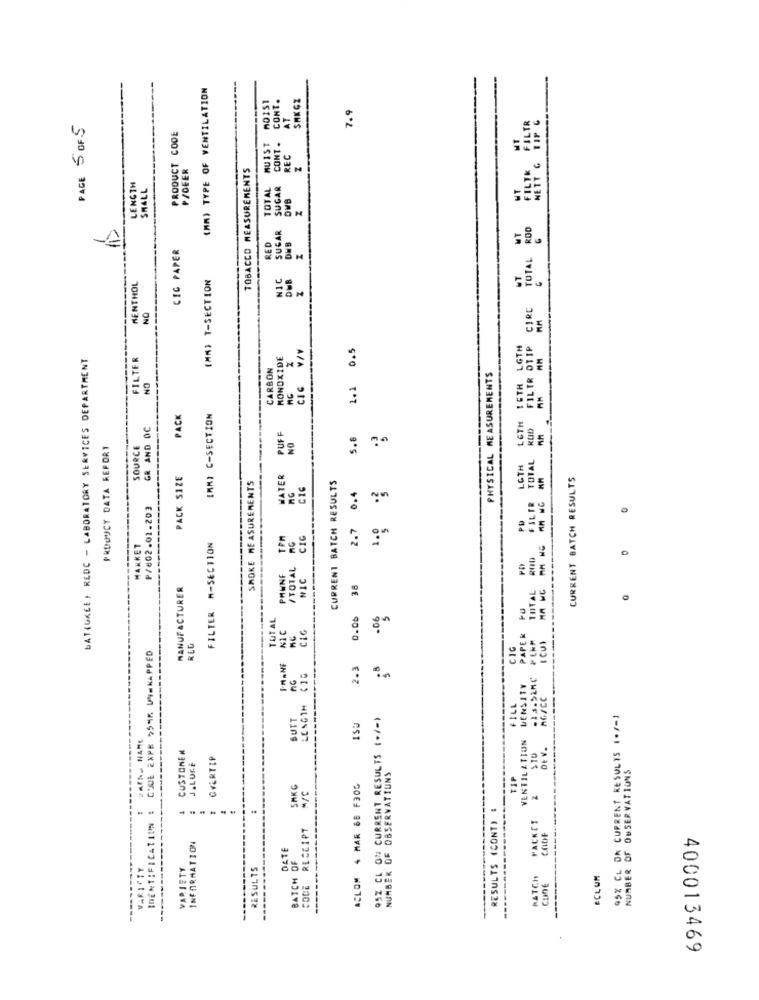
(MM) TYPE OF VENTILATION
CONT.
SHKGZ
7.9
AT
RED FILTR OTIP CIRC TOTAL BOO THIS SITE
PAGE 5 OF 5
PRODUCT CODE
MUIST
CONT .
REC
P/DEER
TOBACCO MEASUREMENTS
LENGTH
SMALL
TOTAL
SUGAR
DWB
SUGAR
CIG PAPER
RED
(MM) T-SECTION
NIC
MENTHOL
NO
0.5
BATEUKEE, REDC - LABORATORY SERVICES DEPARTMENT
FILTER
MONOXIDE
CARBON
PHYSICAL MEASUREMENTS
NO
1.1
PACK
IMMI C-SECTION
LETH
GR AND DC
PUFF
NO
5.8
PRODUCT DATA REPORT
SOURCE
FILTR TOTAL
LGTH
PACK SIZE
SMOKE MEASUREMENTS
WATER
CURRENT BATCH RESULTS
CURRENT BATCH RESULTS
0.4
1.0 .3
MA WE AM WG AM WG
P/802.01.203
PD
2.7
TPM
CIG
MARKET
FILTER M-SECTION
TOTAL 200
o
PHWNF
TOTAL
NIC
MANUFACTURER
38
TUTAL
0.06
NIC
CIC
PAPER
FERM
ICUI
RED
CIG
COOL EXPE 9595 UN=KAPPED
I-MANF
2.3
.13.928¢
DENSITY
nG/CC
LESGIM
FILL
SUTT
95Z CL ON CURRENT RESULTS (+/-)
95% CL ON CURRENT RESULTS 1+/-)
BAINS NAME
IDENTIFICATION : COOL EXPE
VENTILATION
CUSTONEN
DE V.
GYERTIP
STO
J.LUKE
NUMBER OF OBSERVATIUNS
NUMBER OF OBSERVATIONS
TIP
SMKG
ACLOM 4 MAR 66 F305
M/C
RESULTS (CONT) :
PACKET
RECEIPT
CODE
INFORMATION
DATE
-----.....
BATCH OF
VARICTY
VARIETY
RESULTS
PATCH
ECLUM
CODE
CunE
400013469